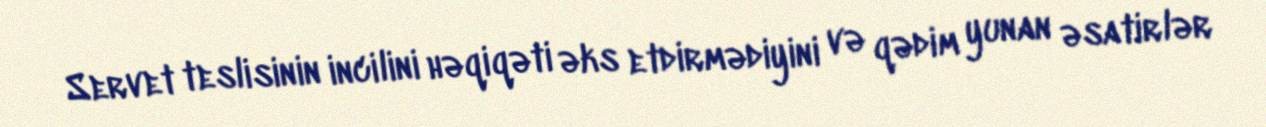
Servet teslisinin incilini həqiqəti əks etdirmədiyini və qədim yunan əsatirlər